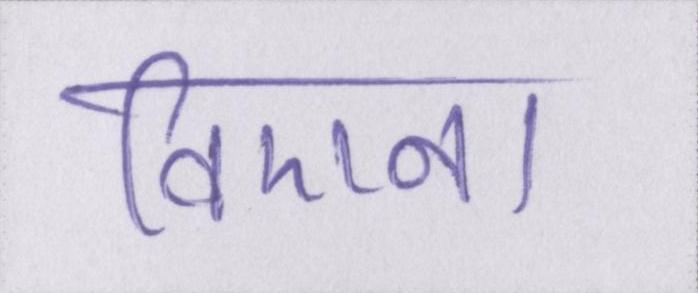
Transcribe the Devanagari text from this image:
विएना